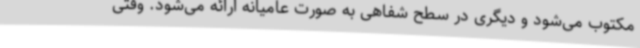
مکتوب می‌شود و دیگری در سطح شفاهی به صورت عامیانه ارائه می‌شود. وقتی